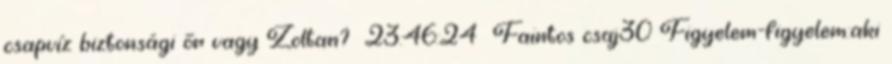
csapvíz biztonsági őr vagy Zoltan? 23:46:24 Faintos csaj30 Figyelem-figyelem:aki